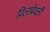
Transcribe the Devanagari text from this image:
विलाबेवर्ली